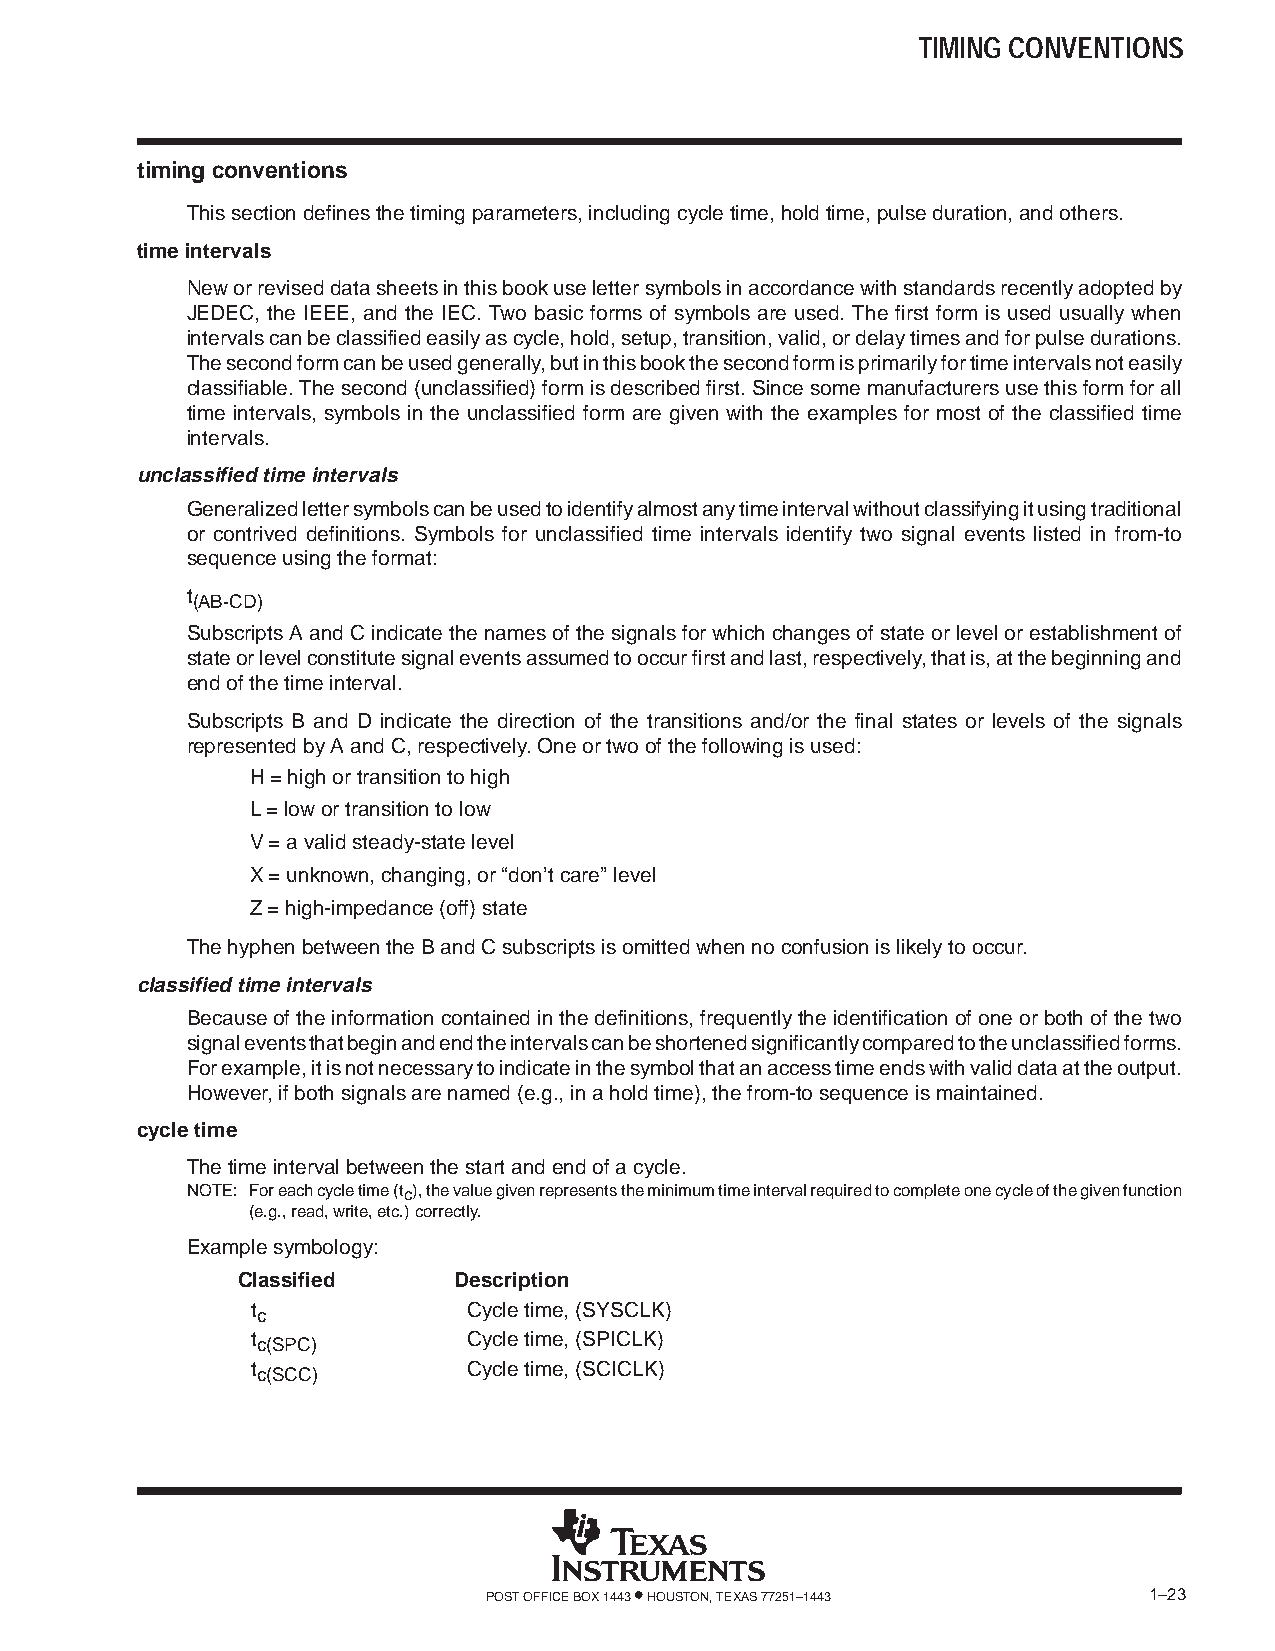
TIMING CONVENTIONS
 timing conventions
 This section defines the timing parameters, including cycle time, hold time, pulse duration, and others.
 time intervals
 New or revised data sheets in this book use letter symbols in accordance with standards recently adopted by
 JEDEC, the IEEE, and the IEC. Two basic forms of symbols are used. The first form is used usually when
 intervals can be classified easily as cycle, hold, setup, transition, valid, or delay times and for pulse durations.
 The second form can be used generally, but in this book the second form is primarily for time intervals not easily
 classifiable. The second (unclassified) form is described first. Since some manufacturers use this form for all
 time intervals, symbols in the unclassified form are given with the examples for most of the classified time
 intervals.
 unclassified time intervals
 Generalized letter symbols can be used to identify almost any time interval without classifying it using traditional
 or contrived definitions. Symbols for unclassified time intervals identify two signal events listed in from-to
 sequence using the format:
 t
 (AB-CD)
 Subscripts A and C indicate the names of the signals for which changes of state or level or establishment of
 state or level constitute signal events assumed to occur first and last, respectively, that is, at the beginning and
 end of the time interval.
 Subscripts B and D indicate the direction of the transitions and/or the final states or levels of the signals
 represented by A and C, respectively. One or two of the following is used:
 H = high or transition to high
 L = low or transition to low
 V = a valid steady-state level
 X = unknown, changing, or “don’t care” level
 Z = high-impedance (off) state
 The hyphen between the B and C subscripts is omitted when no confusion is likely to occur.
 classified time intervals
 Because of the information contained in the definitions, frequently the identification of one or both of the two
 signal events that begin and end the intervals can be shortened significantly compared to the unclassified forms.
 For example, it is not necessary to indicate in the symbol that an access time ends with valid data at the output.
 However, if both signals are named (e.g., in a hold time), the from-to sequence is maintained.
 cycle time
 The time interval between the start and end of a cycle.
 NOTE: For each cycle time (tc), the value given represents the minimum time interval required to complete one cycle of the given function
 (e.g., read, write, etc.) correctly.
 Example symbology:
 Classified    Description
 t             Cycle time, (SYSCLK)
 c
 t             Cycle time, (SPICLK)
 c(SPC)
 t             Cycle time, (SCICLK)
 c(SCC)
 POST OFFICE BOX 1443 • HOUSTON, TEXAS 77251–1443 1–23